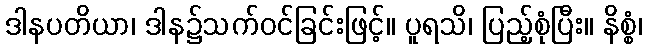
ဒါနပတိယာ၊ ဒါန၌သက်ဝင်ခြင်းဖြင့်။ ပူရသိ၊ ပြည့်စုံပြီး။ နိစ္စံ၊